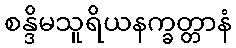
စန္ဒိမသူရိယနက္ခတ္တာနံ